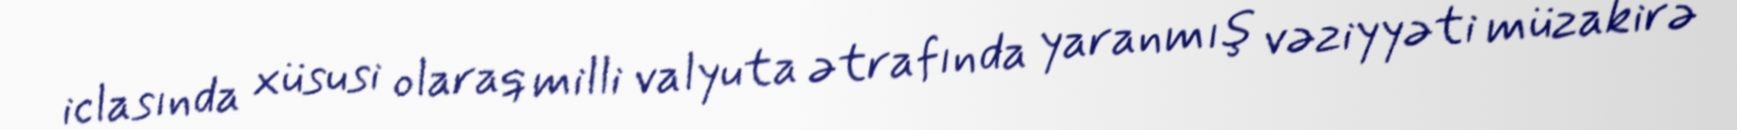
iclasında xüsusi olaraq milli valyuta ətrafında yaranmış vəziyyəti müzakirə